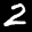
Label: 2